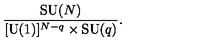
{ \frac { \mathrm { S U } ( N ) } { [ \mathrm { U } ( 1 ) ] ^ { N - q } \times \mathrm { S U } ( q ) } } .